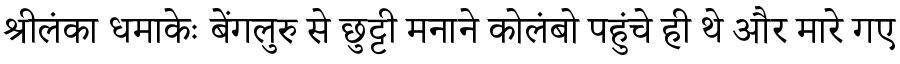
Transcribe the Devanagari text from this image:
श्रीलंका धमाकेः बेंगलुरु से छुट्टी मनाने कोलंबो पहुंचे ही थे और मारे गए